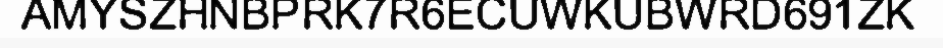
AMYSZHNBPRK7R6ECUWKUBWRD691ZK